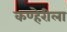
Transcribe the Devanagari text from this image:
कण्हेरीला